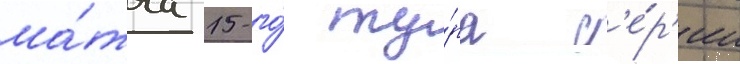
ма́тча 15-го́ ту́ра с'е́р'ии